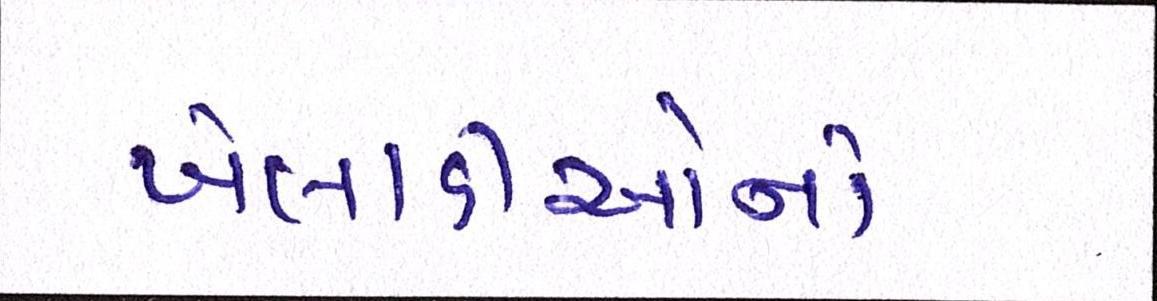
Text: ખેલાડીઓનો